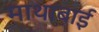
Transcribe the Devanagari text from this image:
माथाबाई